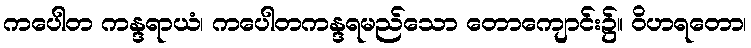
ကပေါတ ကန္ဒရာယံ၊ ကပေါတကန္ဒရမည်သော တောကျောင်း၌။ ဝိဟရတော၊